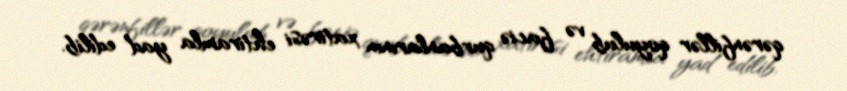
qərənfillər qoyulub və faciə qurbanlarının xatirəsi ehtiramla yad edilib.